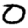
Digit: 0